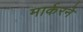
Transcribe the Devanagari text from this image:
मार्करने